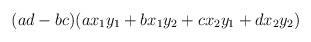
LaTeX: \begin{align*}(ad-bc)(ax_1y_1 + bx_1y_2 + cx_2y_1 + dx_2y_2)\end{align*}